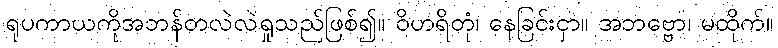
ရုပကာယကိုအဘန်တလဲလဲရှုသည်ဖြစ်၍။ ဝိဟရိတုံ၊ နေခြင်းငှာ။ အဘဗ္ဗော၊ မထိုက်။